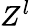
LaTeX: Z^{l}